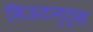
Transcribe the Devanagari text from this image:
मिऊटन्ट्स